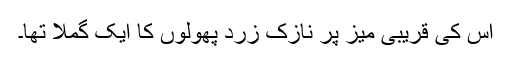
اس کی قریبی میز پر نازک زرد پھولوں کا ایک گملا تھا۔